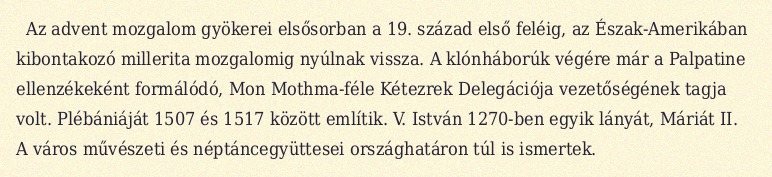
Az advent mozgalom gyökerei elsősorban a 19. század első feléig, az Észak-Amerikában kibontakozó millerita mozgalomig nyúlnak vissza. A klónháborúk végére már a Palpatine ellenzékeként formálódó, Mon Mothma-féle Kétezrek Delegációja vezetőségének tagja volt. Plébániáját 1507 és 1517 között említik. V. István 1270-ben egyik lányát, Máriát II. A város művészeti és néptáncegyüttesei országhatáron túl is ismertek.